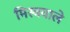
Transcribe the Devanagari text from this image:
मिस्त्रवाले